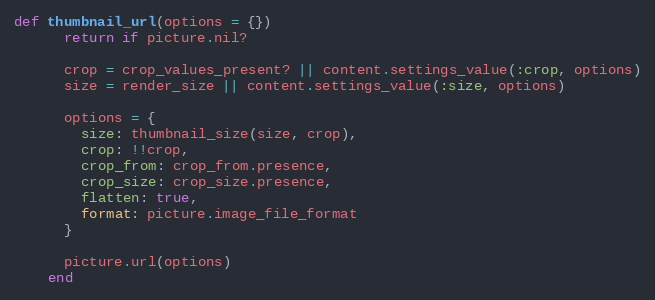
Language: Ruby
def thumbnail_url(options = {})
      return if picture.nil?

      crop = crop_values_present? || content.settings_value(:crop, options)
      size = render_size || content.settings_value(:size, options)

      options = {
        size: thumbnail_size(size, crop),
        crop: !!crop,
        crop_from: crop_from.presence,
        crop_size: crop_size.presence,
        flatten: true,
        format: picture.image_file_format
      }

      picture.url(options)
    end